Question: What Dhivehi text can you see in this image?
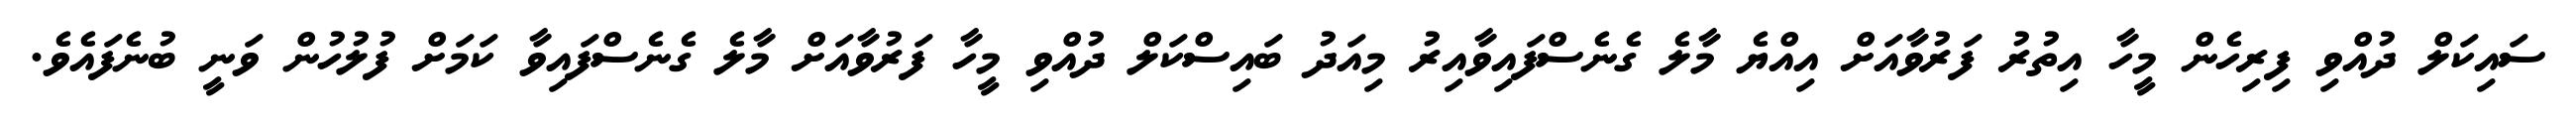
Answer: ސައިކަލް ދުއްވި ފިރިހެން މީހާ އިތުރު ފަރުވާއަށް އިއްޔެ މާލެ ގެނެސްފައިވާއިރު މިއަދު ބައިސްކަލް ދުއްވި މީހާ ފަރުވާއަށް މާލެ ގެނެސްފައިވާ ކަމަށް ފުލުހުން ވަނީ ބުނެފައެވެ.